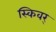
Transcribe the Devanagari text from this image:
स्किवर्